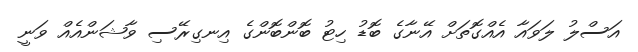
އަސްލު ލަވައާ އެއްގޮތަށް އޭނާގެ ބޮޑު ހިޓު ބޮންބޮންގެ އިނގިރޭސި ވާޝަންއެއް ވަނީ